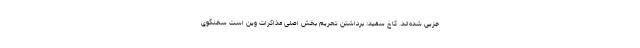
جزیی شده‌اند. کاخ سفید: برداشتن تحریم بخش اصلی مذاکرات وین است سخنگوی